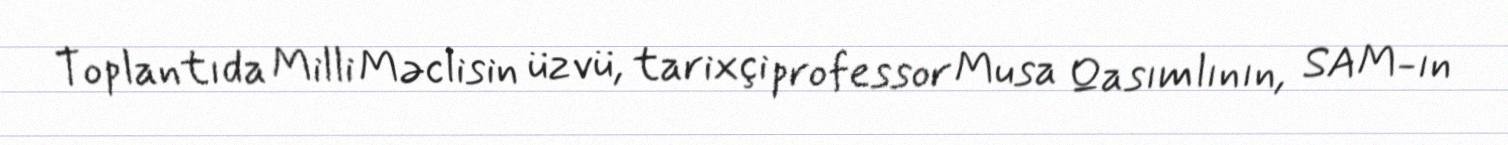
Toplantıda Milli Məclisin üzvü, tarixçi professor Musa Qasımlının, SAM-ın